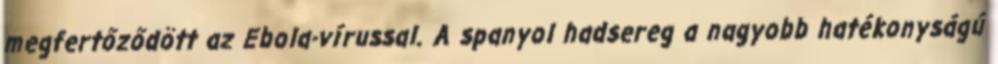
megfertőződött az Ebola-vírussal. A spanyol hadsereg a nagyobb hatékonyságú